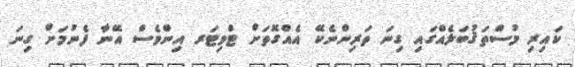
ކައިރި މުސްތަޤުބަލެއްގައި ގިނަ ތަރިންނެކޭ އެއްގޮތަށް ޓްވިޓަރ އިންވެސް އޭނާ ފެނުމަށް ގިނަ